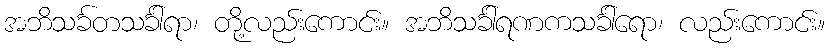
အဘိသင်္ခတသင်္ခါရာ၊ တို့လည်းကောင်း။ အဘိသင်္ခါရဏကသင်္ခါရော၊ လည်းကောင်း။